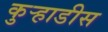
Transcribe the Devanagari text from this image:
कुऱ्हाडीस